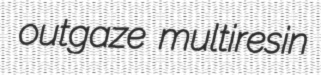
outgaze multiresin